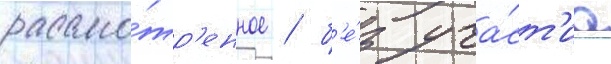
рассмо́тр'енное / б'е́з уча́ст'иа